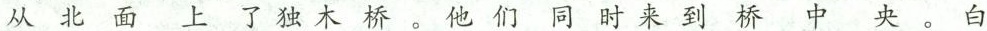
从北面上了独木桥。他们同时来到桥中央。白